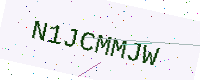
Text: N1JCMMJW